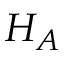
H _ { A }